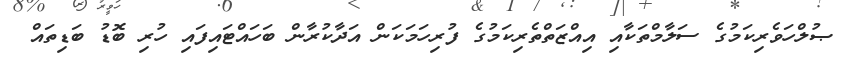
ޞުލްހަވެރިކަމުގެ ސަލާމްތަކާއި އިއްޒަތްތެރިކަމުގެ ފުރިހަމަކަން އަދާކުރާން ބަހައްޓައިފައި ހުރި ބޮޑު ބަޑިތައް